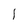
Character: l